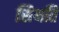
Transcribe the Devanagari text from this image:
सिथति